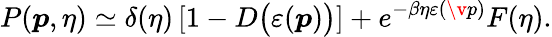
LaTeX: P(\boldsymbol{p},\eta)\simeq\delta(\eta)\left[1-D\big(\varepsilon(\boldsymbol{p})\big)\right]+e^{-\beta\eta\varepsilon(\v{p})}F(\eta).